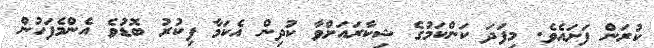
ކުރަން ފަށައެވެ. މިފަދަ ކަންކަމުގެ ޝިކާރައަށްވާ ކުދިން އެކަމާ ފިކުރު ބޮޑުވެ އެންްމެފަހުން